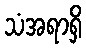
သံအရာရှိ